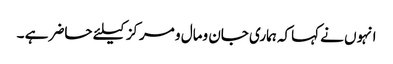
انہوں نے کہاکہ ہماری جان ومال و مرکزکیلئے حاضر ہے ۔